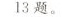
13题。